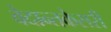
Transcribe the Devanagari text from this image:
वेदान्तकेसरी